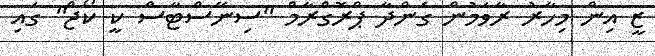
ޒީ އިން މިހާރު ރާވަމުން ގެންދާ ޕްރޮގްރާމް "ސިނޭސްޓާސް ކީ ކޯޖް" ގައި